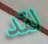
لقد